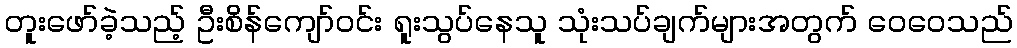
တူးဖော်ခဲ့သည့် ဦးစိန်ကျော်ဝင်း ရူးသွပ်နေသူ သုံးသပ်ချက်များအတွက် ဝေဝေသည်